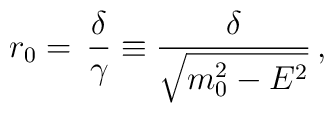
r_0=\,\frac{\delta}{\gamma}\equiv\frac{\delta}{\sqrt{m_0^2-E^2}}\,,